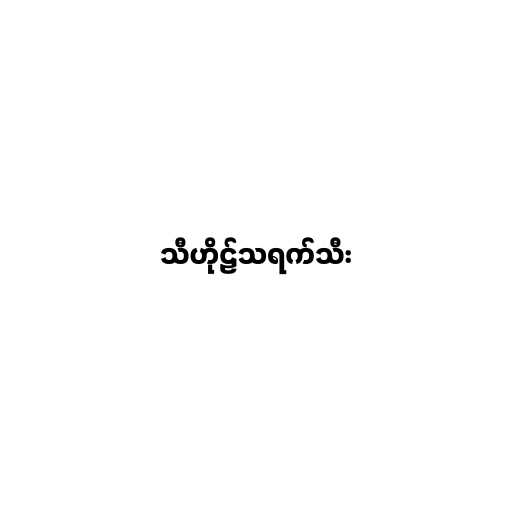
သီဟိုဠ်သရက်သီး